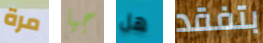
مرة جيا هل بتفقد